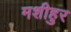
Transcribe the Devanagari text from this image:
मशीहुर